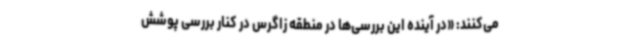
می‌کنند: «در آینده این بررسی‌ها در منطقه زاگرس در کنار بررسی پوشش